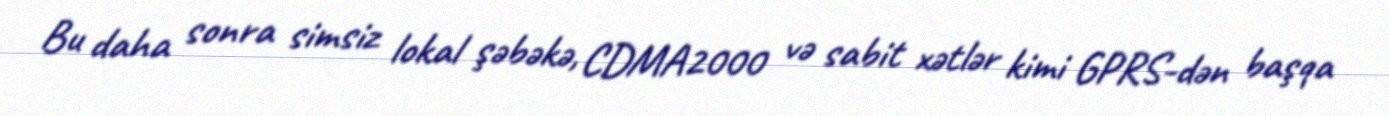
Bu daha sonra simsiz lokal şəbəkə, CDMA2000 və sabit xətlər kimi GPRS-dən başqa